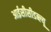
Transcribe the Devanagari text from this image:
आईसीसीडब्‍ल्‍यू